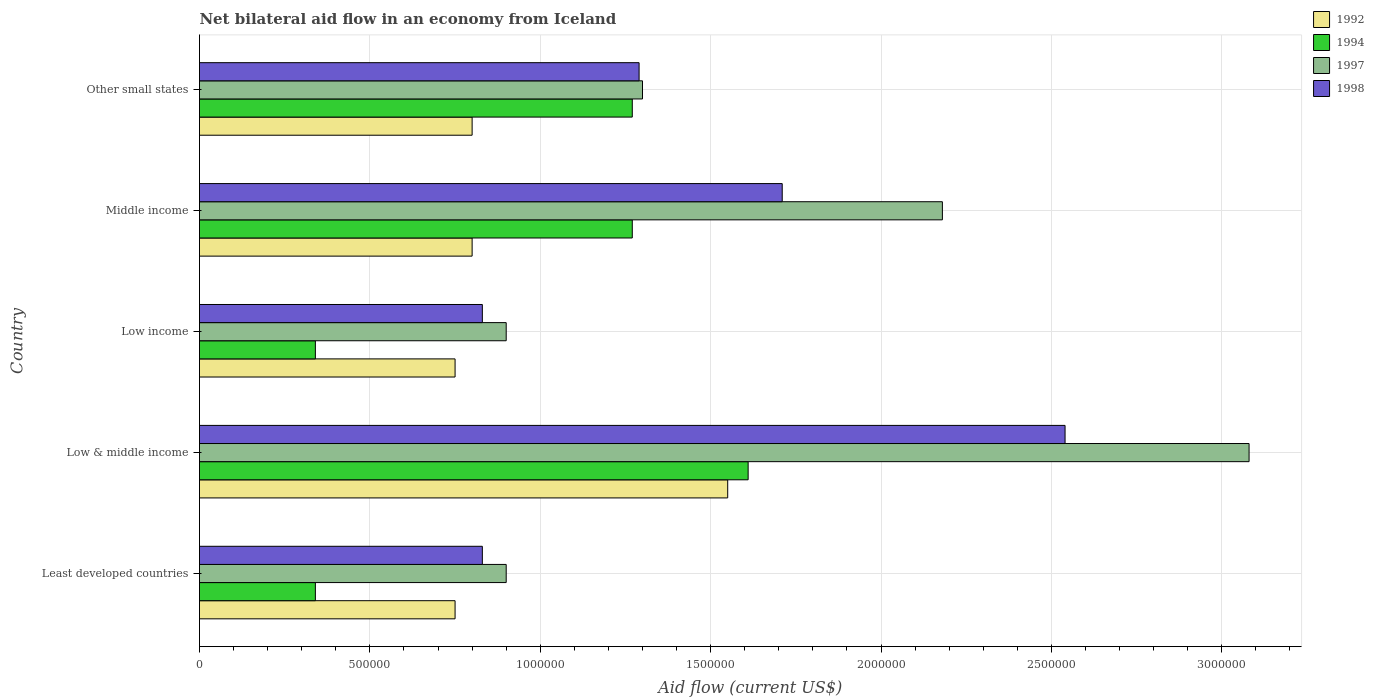
| Country | 1992 | 1994 | 1997 | 1998 |
 | --- | --- | --- | --- | --- |
 | Least developed countries | 7.5e+05 | 3.4e+05 | 9e+05 | 8.3e+05 |
 | Low & middle income | 1.55e+06 | 1.61e+06 | 3.08e+06 | 2.54e+06 |
 | Low income | 7.5e+05 | 3.4e+05 | 9e+05 | 8.3e+05 |
 | Middle income | 8e+05 | 1.27e+06 | 2.18e+06 | 1.71e+06 |
 | Other small states | 8e+05 | 1.27e+06 | 1.3e+06 | 1.29e+06 |